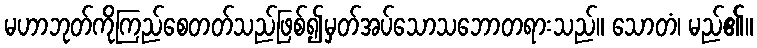
မဟာဘုတ်ကိုကြည်စေတတ်သည်ဖြစ်၍မှတ်အပ်သောသဘောတရားသည်။ သောတံ၊ မည်၏။